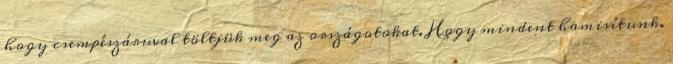
hogy csempészáruval töltjük meg az országotokat. Hogy mindent hamisítunk.